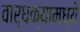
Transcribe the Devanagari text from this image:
वार्धक्यामध्ये